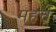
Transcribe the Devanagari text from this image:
महत्त